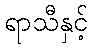
ရာသီနှင့်